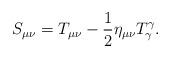
\begin{align*}S_{\mu\nu}=T_{\mu\nu}-\frac{1}{2}\eta_{\mu\nu}T^{\gamma}_{\gamma}.\end{align*}